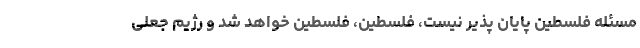
مسئله فلسطین پایان پذیر نیست، فلسطین، فلسطین خواهد شد و رژیم جعلی